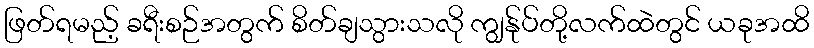
ဖြတ်ရမည့် ခရီးစဉ်အတွက် စိတ်ချသွားသလို ကျွန်ုပ်တို့လက်ထဲတွင် ယခုအထိ